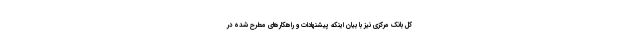
کل بانک مرکزی نیز با بیان اینکه پیشنهادات و راهکارهای مطرح شده در